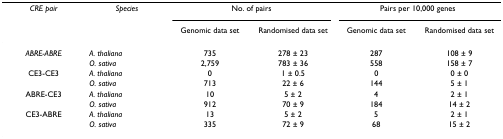
<table><thead><tr><td><b><i>CRE pair</i></b></td><td><b><i>Species</i></b></td><td colspan="2"><b>No. of pairs</b></td><td colspan="2"><b>Pairs per 10,000 genes</b></td></tr><tr><td></td><td></td><td><b>Genomic data set</b></td><td><b>Randomised data set</b></td><td><b>Genomic data set</b></td><td><b>Randomised data set</b></td></tr></thead><tbody><tr><td><i>ABRE-ABRE</i></td><td><i>A. thaliana</i></td><td>735</td><td>278 ± 23</td><td>287</td><td>108 ± 9</td></tr><tr><td></td><td><i>O. sativa</i></td><td>2,759</td><td>783 ± 36</td><td>558</td><td>158 ± 7</td></tr><tr><td>CE3-CE3</td><td><i>A. thaliana</i></td><td>0</td><td>1 ± 0.5</td><td>0</td><td>0 ± 0</td></tr><tr><td></td><td><i>O. sativa</i></td><td>713</td><td>22 ± 6</td><td>144</td><td>5 ± 1</td></tr><tr><td>ABRE-CE3</td><td><i>A. thaliana</i></td><td>10</td><td>5 ± 2</td><td>4</td><td>2 ± 1</td></tr><tr><td></td><td><i>O. sativa</i></td><td>912</td><td>70 ± 9</td><td>184</td><td>14 ± 2</td></tr><tr><td>CE3-ABRE</td><td><i>A. thaliana</i></td><td>13</td><td>5 ± 2</td><td>5</td><td>2 ± 1</td></tr><tr><td></td><td><i>O. sativa</i></td><td>335</td><td>72 ± 9</td><td>68</td><td>15 ± 2</td></tr></tbody></table>